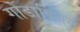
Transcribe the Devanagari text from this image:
गोंडाडिक्‍स